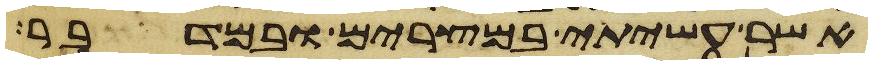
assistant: אשר עשיתי במצרים ובמדבר